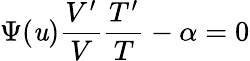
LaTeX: \Psi(\mathit{u})\frac{{V^{\prime}}}{{V}}\frac{{T^{\prime}}}{{T}}-\alpha=0